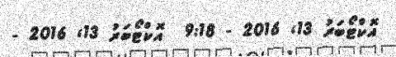
އޮކްޓޯބަރު 13